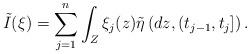
LaTeX: \begin{align*} \tilde{I}(\xi)= \sum_{j=1}^n \int_Z \xi_j (z) \tilde\eta \left(dz,(t_{j-1}, t_{j}] \right).\end{align*}